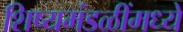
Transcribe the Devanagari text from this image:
शिष्यमंडळींमध्ये